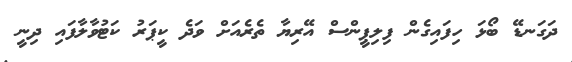
ދަގަނޑޭ ބޯޅަ ހިފައިގެން ފިލިޕީންސް އޭރިޔާ ތެރެއަށް ވަދެ ކީޕަރު ކަޓުވާލާފައި ދިނީ